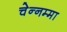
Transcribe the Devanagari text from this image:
चेन्‍नम्‍मा